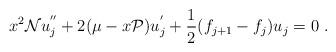
LaTeX: \begin{align*}x^2 {\cal N} u_j^{''} + 2(\mu - x{\cal P}) u_j^{'} + \frac{1}{2} (f_{j+1} - f_j) u_j = 0\ . \end{align*}